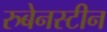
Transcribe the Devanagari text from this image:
रुबेनस्टीन